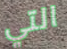
التي